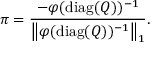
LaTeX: \pi = { \frac { - \varphi ( \operatorname { d i a g } ( Q ) ) ^ { - 1 } } { \left\| \varphi ( \operatorname { d i a g } ( Q ) ) ^ { - 1 } \right\| _ { 1 } } } .